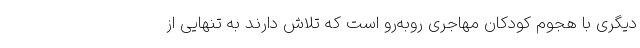
دیگری با هجوم کودکان مهاجری روبه‌رو است که تلاش دارند به تنهایی از